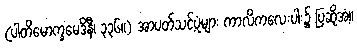
(ပါတိမောက္ခမေဒိနီ၊ ၃၃၆။) အာပတ်သင့်ပုံများ ကာလိကလေးပါး၌ ပြဆိုအံ့။